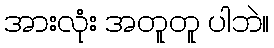
အားလုံး အတူတူ ပါဘဲ။